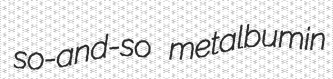
so-and-so metalbumin